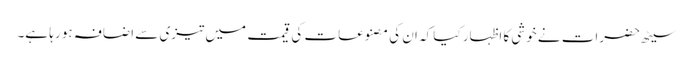
سیٹھ حضرات نے خوشی کا اظہار کیا کہ ان کی مصنوعات کی قیمت میں تیزی سے اضافہ ہو رہا ہے۔